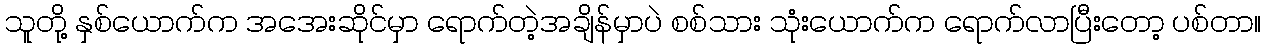
သူတို့ နှစ်ယောက်က အအေးဆိုင်မှာ ရောက်တဲ့အချိန်မှာပဲ စစ်သား သုံးယောက်က ရောက်လာပြီးတော့ ပစ်တာ။